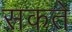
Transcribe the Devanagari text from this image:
सकते